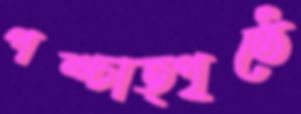
পশ্চাত্পৃষ্ঠে